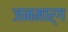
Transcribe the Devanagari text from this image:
जनमार्ग